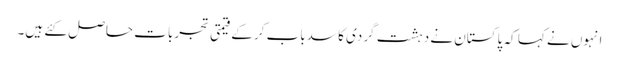
انہوں نے کہا کہ پاکستان نے دہشت گردی کا سدباب کرکے قیمتی تجربات حاصل کئے ہیں۔